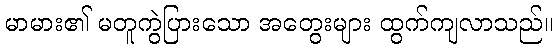
မာမား၏ မတူကွဲပြားသော အတွေးများ ထွက်ကျလာသည်။